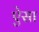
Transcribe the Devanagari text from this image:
ऐेसा